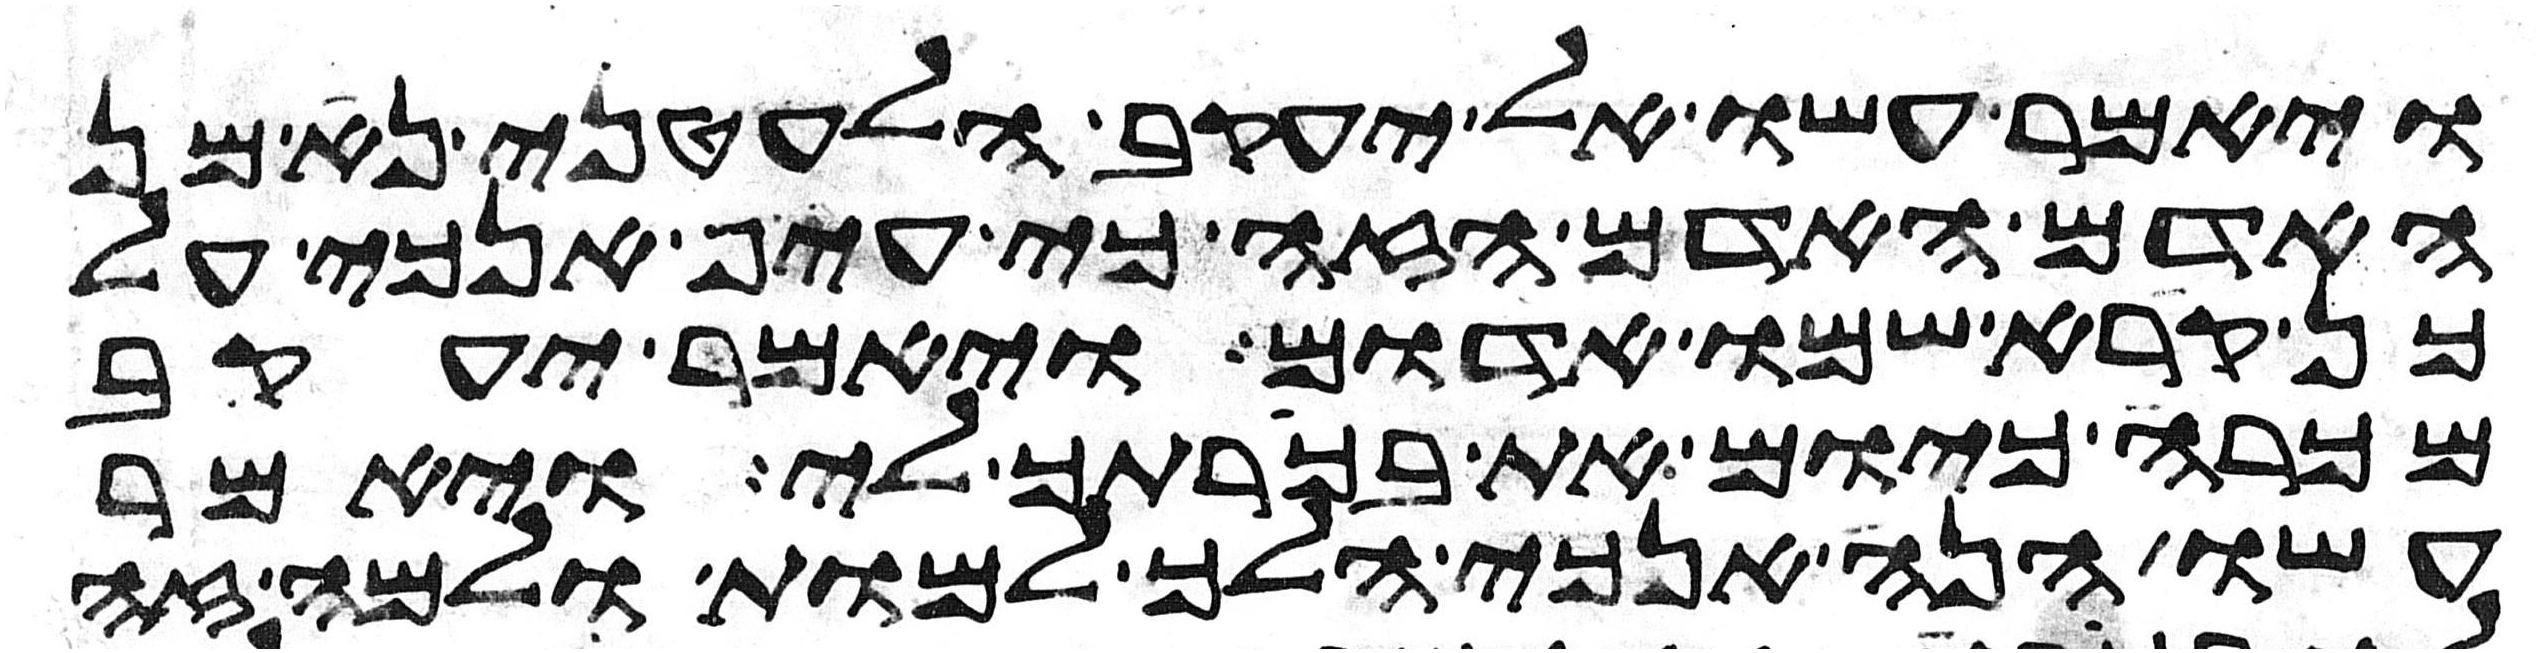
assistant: ויאמר עשו אל יעקב הלעטני נא מן
האדום האדם הזה כי עיף אנכי על
כן קרא שמו אדום ויאמר יעקב
מכרה כיום את בכרתך לי ויאמר
עשו הנה אנכי הלך למות ולמה זה